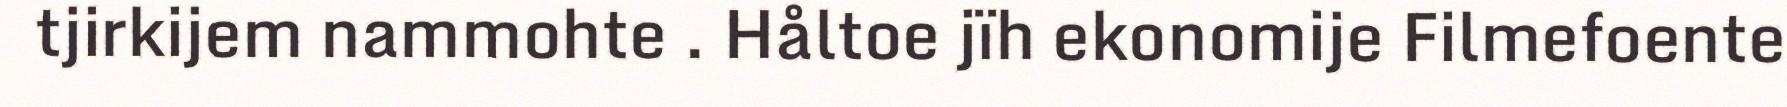
tjirkijem nammohte . Håltoe jïh ekonomije Filmefoente